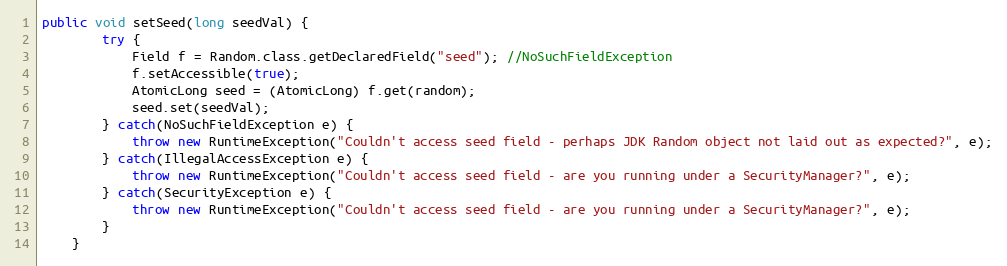
Language: Java
public void setSeed(long seedVal) {
		try {
			Field f = Random.class.getDeclaredField("seed"); //NoSuchFieldException
			f.setAccessible(true);
			AtomicLong seed = (AtomicLong) f.get(random);
			seed.set(seedVal);
		} catch(NoSuchFieldException e) {
			throw new RuntimeException("Couldn't access seed field - perhaps JDK Random object not laid out as expected?", e);
		} catch(IllegalAccessException e) {
			throw new RuntimeException("Couldn't access seed field - are you running under a SecurityManager?", e);
		} catch(SecurityException e) {
			throw new RuntimeException("Couldn't access seed field - are you running under a SecurityManager?", e);
		}
	}